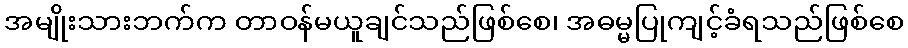
အမျိုးသားဘက်က တာဝန်မယူချင်သည်ဖြစ်စေ၊ အဓမ္မပြုကျင့်ခံရသည်ဖြစ်စေ